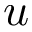
u